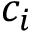
c _ { i }